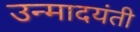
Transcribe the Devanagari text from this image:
उन्मादयंती